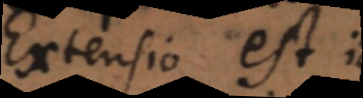
Extensio est